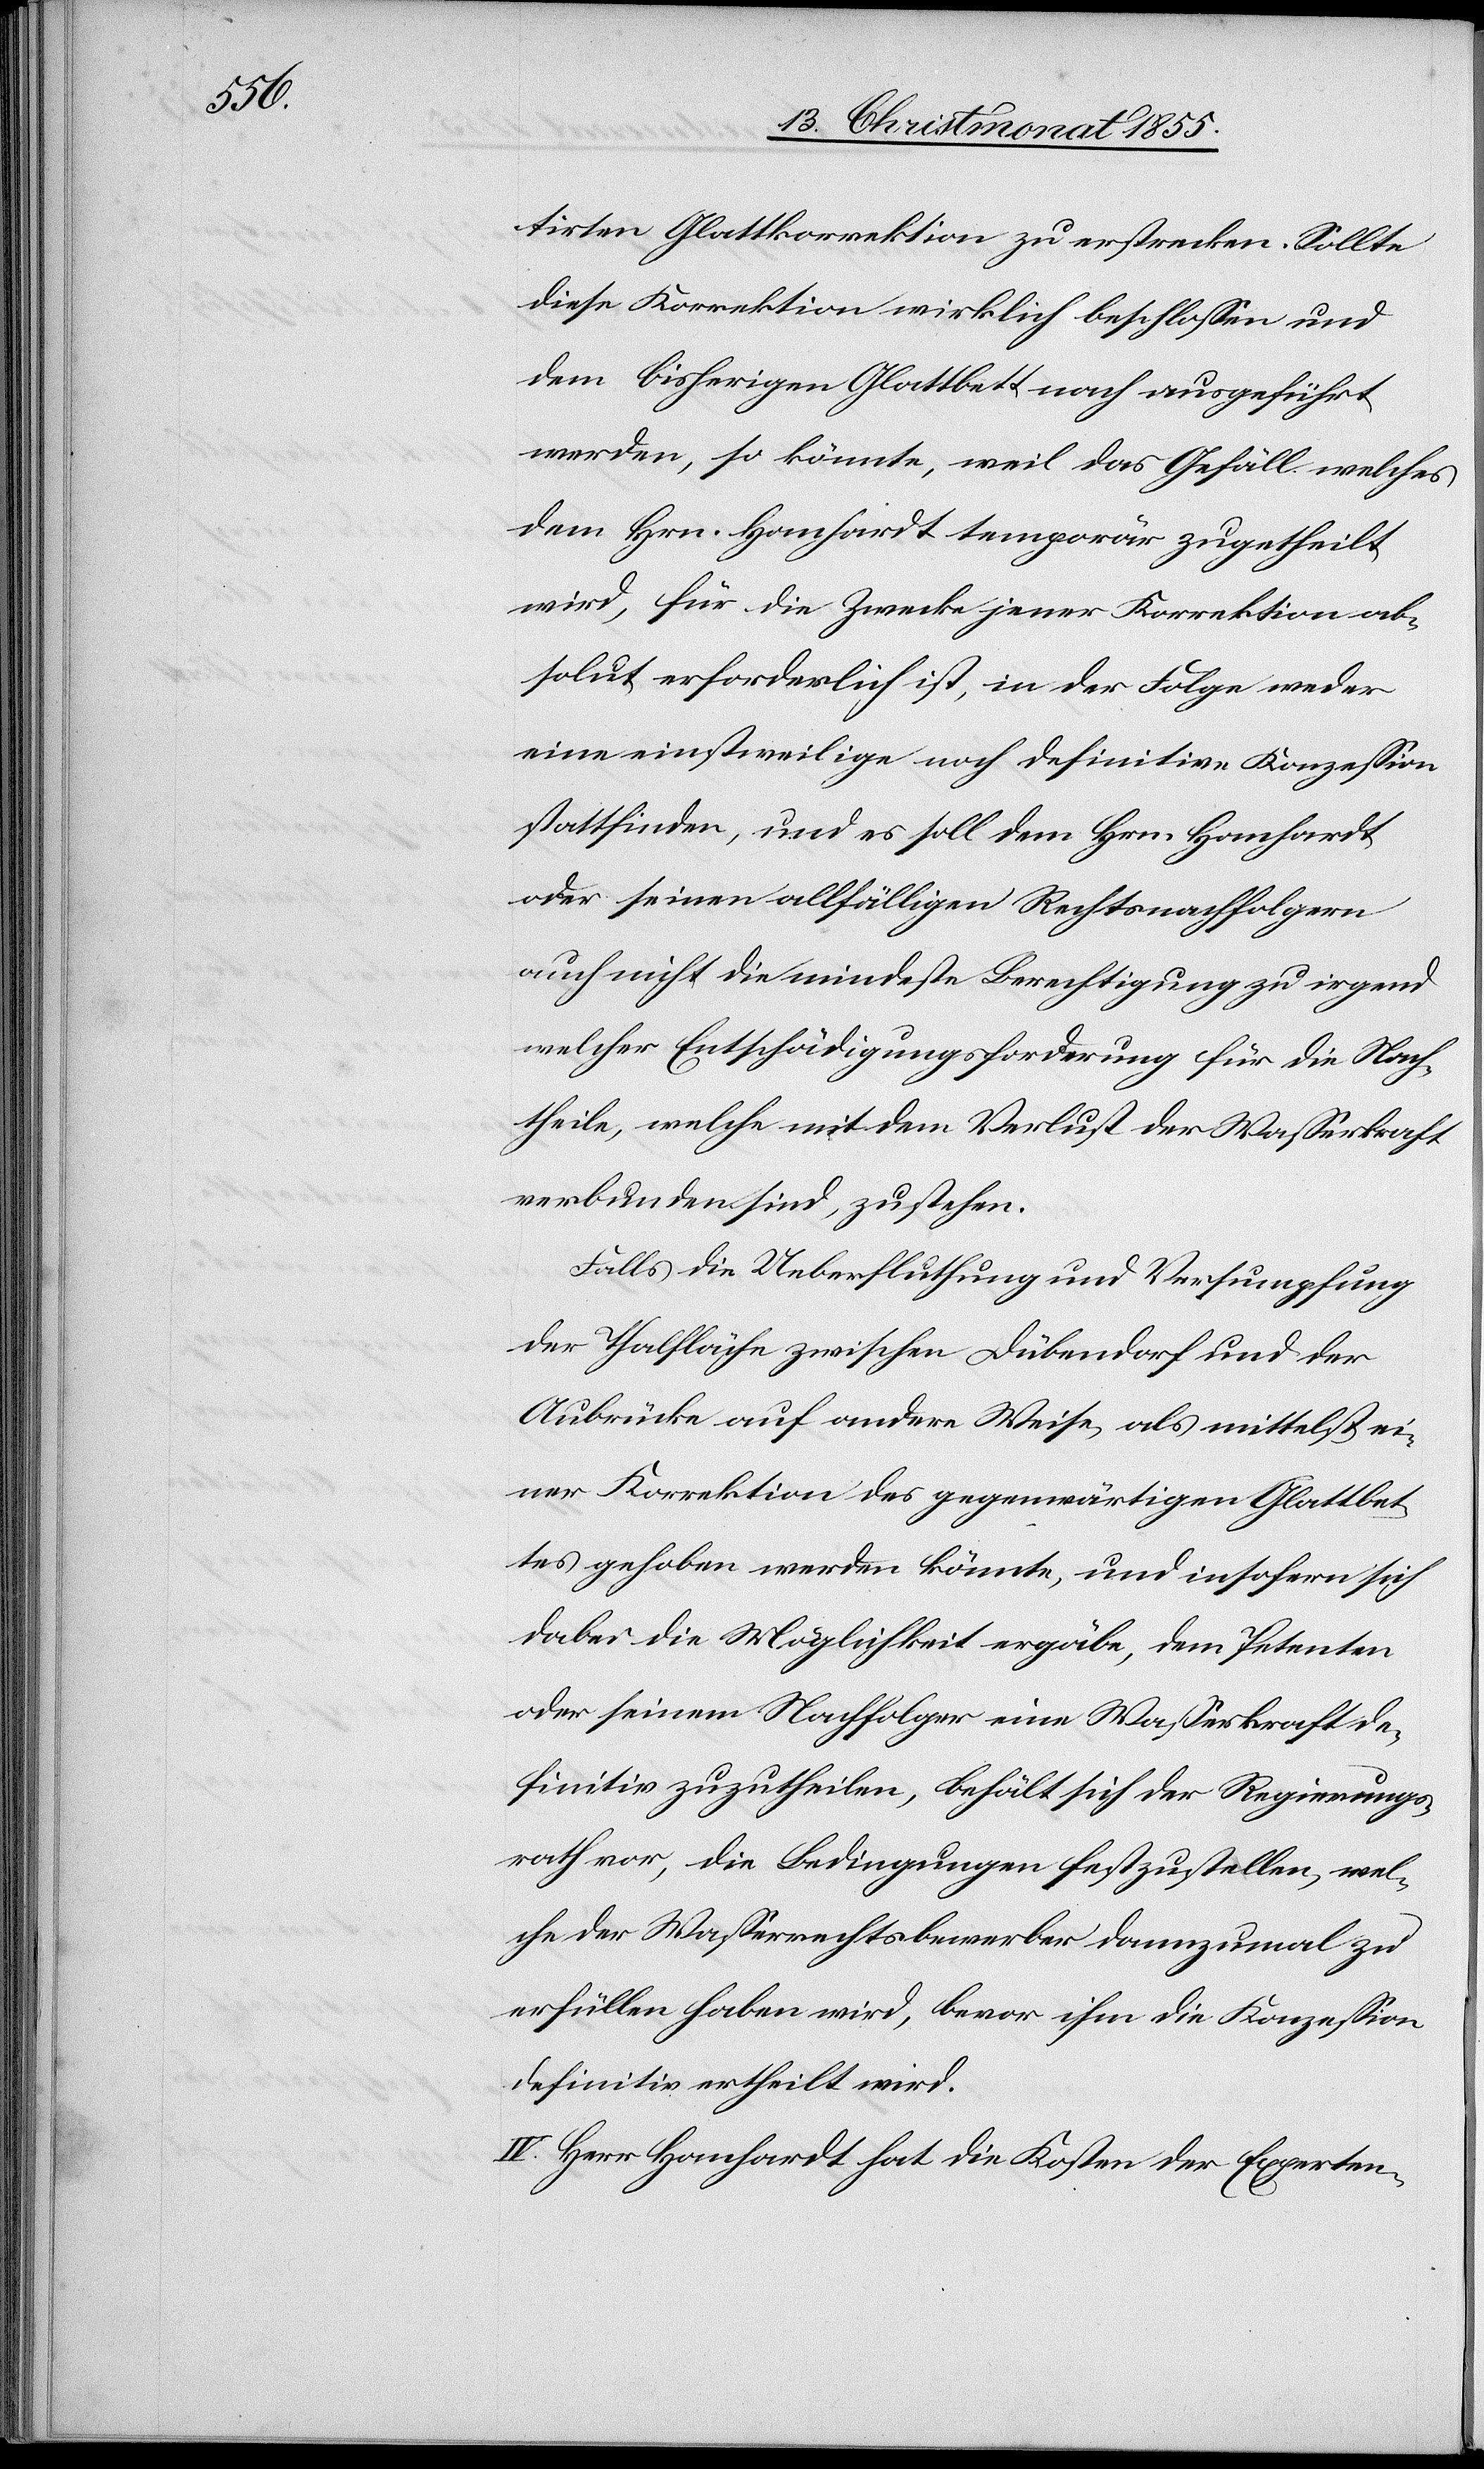
tirten Glattkorrektion zu erstrecken. Sollte
diese Korrektion wirklich beschlossen und
dem bisherigen Glattbett nach ausgeführt
werden, so könnte, weil das Gefäll welches
dem Hrn. Hanhardt temporär zugetheilt
wird, für die Zwecke jener Korrektion ab¬
solut erforderlich ist, in der Folge weder
eine einstweilige noch definitive Konzession
stattfinden, und es soll dem Hrn. Hanhardt
oder seinen allfälligen Rechtsnachfolgern
auch nicht die mindeste Berechtigung zu irgend
welcher Entschädigungsforderung für die Nach¬
theile, welche mit dem Verlust der Wasserkraft
verbunden sind, zustehen.
Falls die Ueberfluthung und Versumpfung
der Thalfläche zwischen Dübendorf und der
Aubrücke auf andere Weise als mittelst ei¬
ner Korrektion des gegenwärtigen Glattbet¬
tes gehoben werden könnte, und insofern sich
dabei die Möglichkeit ergäbe, dem Petenten
oder seinem Nachfolger eine Wasserkraft de¬
finitiv zuzutheilen, behält sich der Regierungs¬
rath vor, die Bedingungen festzustellen, wel¬
che der Wasserrechtsbewerber dannzumal zu
erfüllen haben wird, bevor ihm die Konzession
definitiv ertheilt wird.
IV. Herr Hanhardt hat die Kosten der Experten-